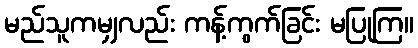
မည်သူကမျှလည်း ကန့်ကွက်ခြင်း မပြုကြ။